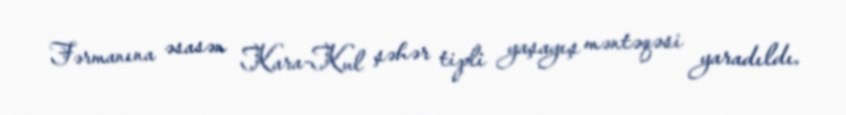
Fərmanına əsasən Kara-Kul şəhər tipli yaşayış məntəqəsi yaradıldı.